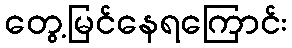
တွေ့မြင်နေရကြောင်း